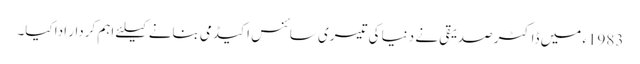
1983ء میں ڈاکٹر صدیقی نے دنیا کی تیسری سائنس اکیڈمی بنانے کیلئے اہم کردار ادا کیا۔